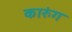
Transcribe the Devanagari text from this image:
कारुंग